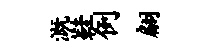
溉鞋例翩